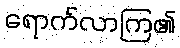
ရောက်လာကြ၏